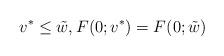
LaTeX: \begin{align*}v^*\le \tilde w,F(0;v^*)=F(0;\tilde w)\end{align*}